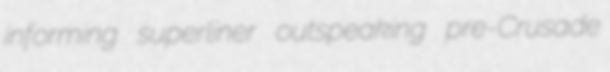
informing superliner outspeaking pre-Crusade